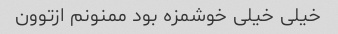
خیلی خیلی خوشمزه بود ممنونم ازتوون